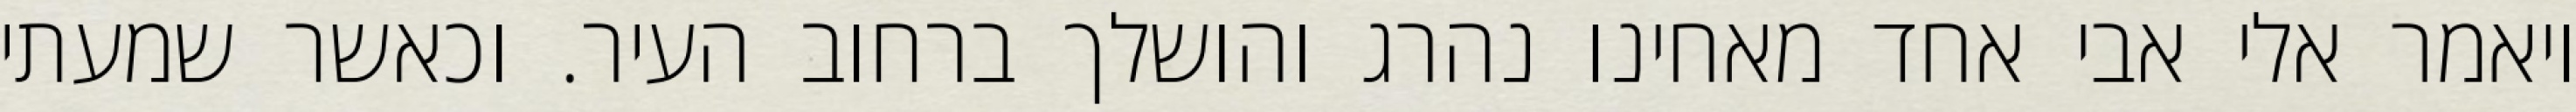
ויאמר אלי אבי אחד מאחינו נהרג והושלך ברחוב העיר. וכאשר שמעתי